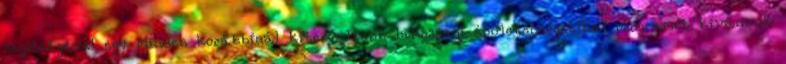
segítségével egy minden korábbinál kiterjedtebb lakossági épületenergetikai programot kívánunk